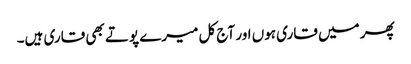
پھر میں قاری ہوں اور آج کل میرے پوتے بھی قاری ہیں۔